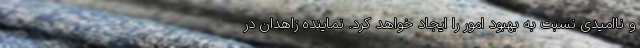
و ناامیدی نسبت به بهبود امور را ایجاد خواهد کرد. نماینده زاهدان در